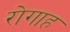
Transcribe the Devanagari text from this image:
रोगाह